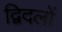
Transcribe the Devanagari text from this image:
द्विदलों